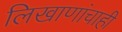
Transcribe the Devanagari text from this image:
लिखाणांचाही